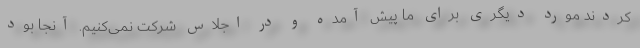
کردند مورد دیگری برای ما پیش آمده و در اجلاس شرکت نمی‌کنیم. آنجا بود